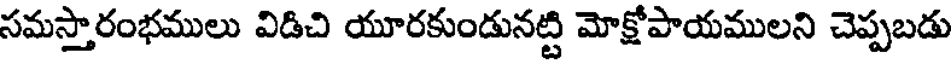
సమస్తారంభములు విడిచి యూరకుండునట్టి మోక్షోపాయములని చెప్పబడు